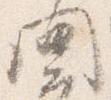
問